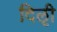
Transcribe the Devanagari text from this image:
दिऌी